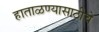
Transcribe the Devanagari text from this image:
हाताळण्यासाठीचे